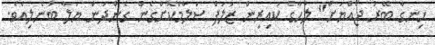
ހިނގާ ބޭރު ޖޯއްޔަށް" ލުހާގެ ކައިރިން ޒަލަފް ސަލާމްކޮށްގެން ގެންދަން ޔަލާ ބުނެލިއެވެ.